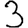
Digit: 3